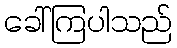
ခေါ်ကြပါသည်